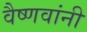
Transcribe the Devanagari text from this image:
वैष्णवांनी